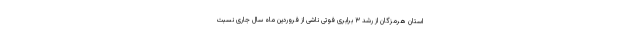
استان هرمزگان از رشد ۳ برابری فوتی ناشی از فروردین ماه سال جاری نسبت